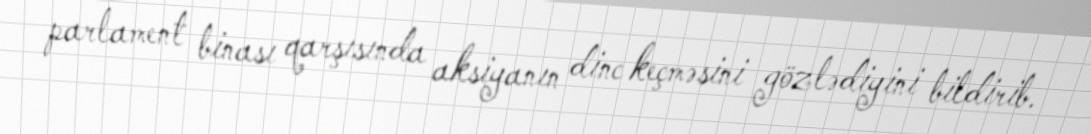
parlament binası qarşısında aksiyanın dinc keçməsini gözlədiyini bildirib.